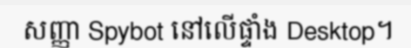
សញ្ញា Spybot នៅលើផ្ទាំង Desktop។